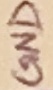
Text: GND